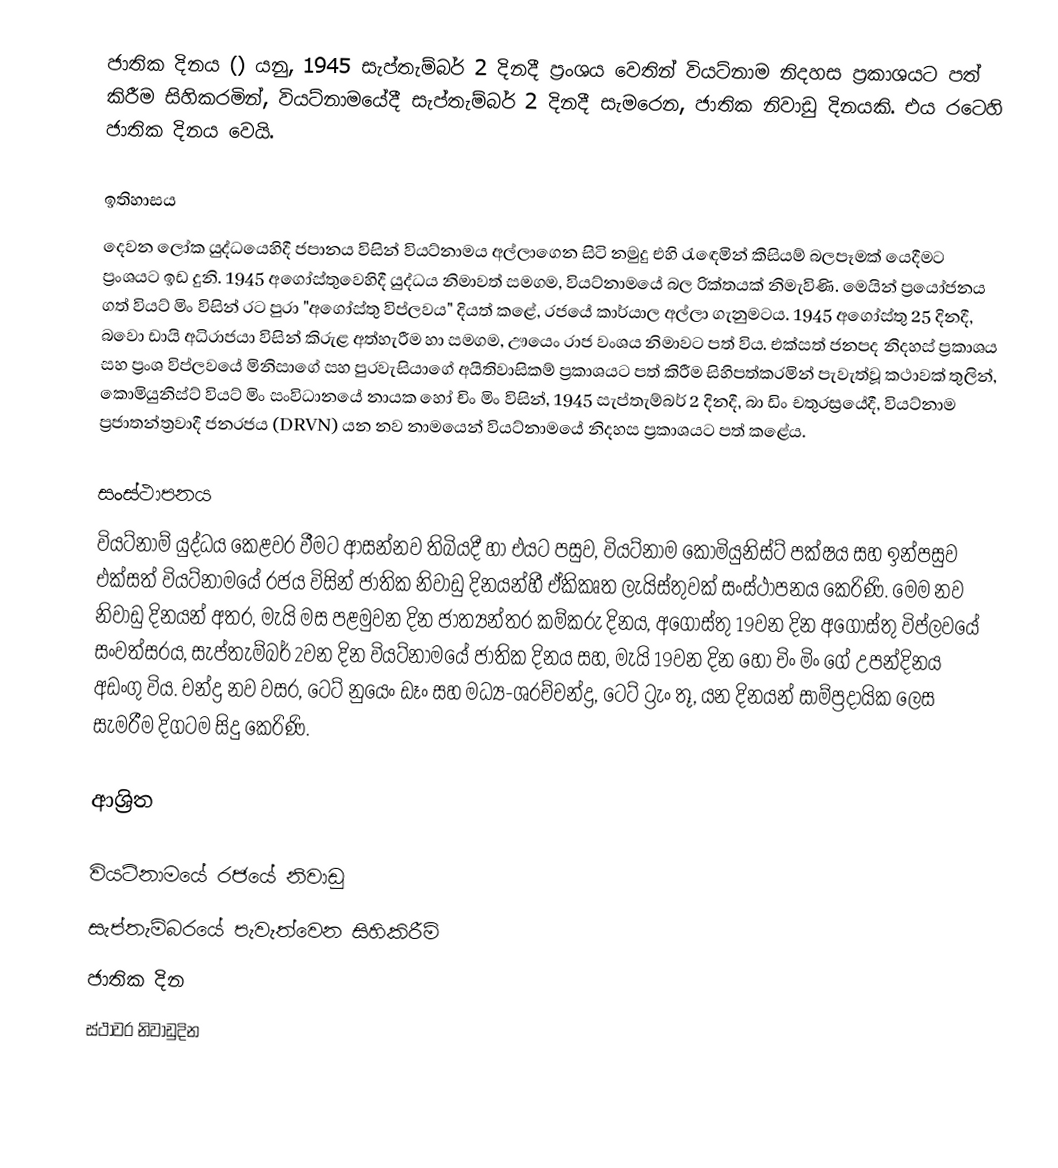
ජාතික දිනය () යනු, 1945 සැප්තැම්බර් 2 දිනදී ප්‍රංශය වෙතින්  වියට්නාම නිදහස ප්‍රකාශයට පත් කිරීම සිහිකරමින්,  වියට්නාමයේදී සැප්තැම්බර් 2 දිනදී සැමරෙන, ජාතික නිවාඩු දිනයකි. එය රටෙහි ජාතික දිනය වෙයි.

ඉතිහාසය
දෙවන ලෝක යුද්ධයෙහිදී ජපානය විසින් වියට්නාමය අල්ලාගෙන සිටි නමුදු එහි රැඳෙමින් කිසියම් බලපෑමක් යෙදීමට ප්‍රංශයට ඉඩ දුනි.  1945 අගෝස්තුවෙහිදී යුද්ධය නිමාවත් සමගම, වියට්නාමයේ බල රික්තයක් නිමැවිණි. මෙයින් ප්‍රයෝජනය ගත්  වියට් මිං විසින් රට පුරා "අගෝස්තු විප්ලවය" දියත් කළේ, රජයේ කාර්යාල අල්ලා ගැනුමටය. 1945 අගෝස්තු 25 දිනදී, බවො ඩායි අධිරාජයා විසින් කිරුළ අත්හැරීම හා සමගම, ඌයෙං රාජ වංශය නිමාවට පත් විය. එක්සත් ජනපද නිදහස් ප්‍රකාශය සහ ප්‍රංශ විප්ලවයේ  මිනිසාගේ සහ පුරවැසියාගේ අයිතිවාසිකම් ප්‍රකාශයට පත් කිරීම සිහිපත්කරමින් පැවැත්වූ කථාවක් තුලින්, කොමියුනිස්ට් වියට් මිං සංවිධානයේ නායක හෝ චිං මිං විසින්,  1945 සැප්තැම්බර් 2 දිනදී, බා ඩිං චතුරස්‍රයේදී,  වියට්නාම ප්‍රජාතන්ත්‍රවාදී ජනරජය (DRVN) යන නව නාමයෙන් වියට්නාමයේ නිදහස ප්‍රකාශයට පත් කළේය.

සංස්ථාපනය
වියට්නාම් යුද්ධය කෙළවර වීමට ආසන්නව තිබියදී හා එයට පසුව, වියට්නාම කොමියුනිස්ට් පක්ෂය සහ ඉන්පසුව එක්සත් වියට්නාමයේ රජය විසින් ජාතික නිවාඩු දිනයන්හී ඒකිකෘත ලැයිස්තුවක් සංස්ථාපනය කෙරිණි.  මෙම නව නිවාඩු දිනයන් අතර,  මැයි මස පළමුවන දින ජාත්‍යන්තර කම්කරු දිනය, අගෝස්තු 19වන දින අගෝස්තු විප්ලවයේ සංවත්සරය, සැප්තැම්බර් 2වන දින වියට්නාමයේ ජාතික දිනය සහ, මැයි 19වන දින හෝ චිං මිං ගේ උපන්දිනය අඩංගු විය. චන්ද්‍ර නව වසර, ටෙට් නුයෙං ඩෑං සහ මධ්‍ය-ශරච්චන්ද්‍ර, ටෙට් ට්‍රැං තූ, යන දිනයන් සාම්ප්‍රදායික ලෙස සැමරීම දිගටම සිදු කෙරිණි.

ආශ්‍රිත

වියට්නාමයේ රජයේ නිවාඩු
සැප්තැම්බරයේ පැවැත්වෙන සිහිකිරීම්
ජාතික දින
ස්ථාවර නිවාඩුදින